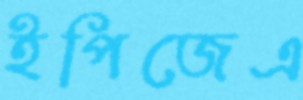
ইপিজেএ